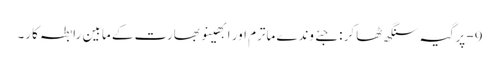
9- پرگیہ سنگھ ٹھاکر : جئے وندے ماترم اور ابھینو بھارت کے مابین رابطہ کار۔